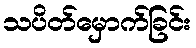
သပိတ်မှောက်ခြင်း